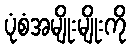
ပုံစံအမျိုးမျိုးကို